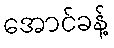
အောင်ခန့်